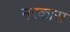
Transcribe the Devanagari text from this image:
नरकास